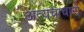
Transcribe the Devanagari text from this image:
अत्यचाचारों